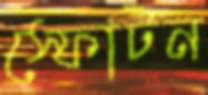
স্ফোটন